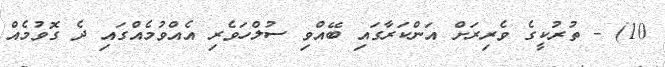
10) - ތުރުކީގެ ވެރިރަށް އަންކަރާގައި ބޭއްވި ސުލްހަވެރި އެއްވުމެއްގައި ދެ ގޮވުމެއް